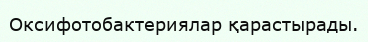
Оксифотобактериялар қарастырады.